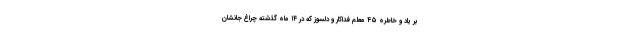
بر یاد و خاطره ۴۵ معلم فداکار و دلسوز که در ۱۴ ماه گذشته چراغ جانشان